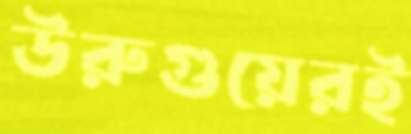
উরুগুয়েরই